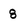
Character: g